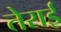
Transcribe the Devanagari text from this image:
तेराई